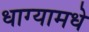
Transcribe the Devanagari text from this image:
धाग्यामधे